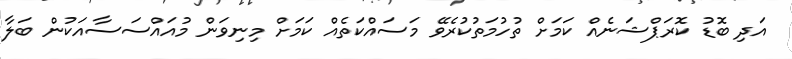
އަދި ބޮޑު ކޮރަޕްޝަނެއް ކަމަށް ތުހުމަތުކުރެވޭ މަސައްކަތެއް ކަމަށް މިނިވަން މުއައްސަސާއަކުން ބަލާ